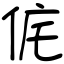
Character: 侂